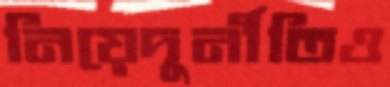
নিয়েদুর্নীতিও